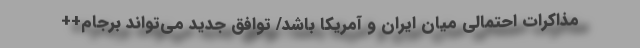
مذاکرات احتمالی میان ایران و آمریکا باشد/ توافق جدید می‌تواند برجام++